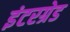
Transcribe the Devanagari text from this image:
इंटरग्रेड